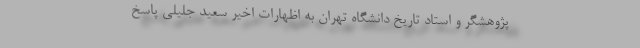
پژوهشگر و استاد تاریخ دانشگاه تهران به اظهارات اخیر سعید جلیلی پاسخ